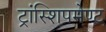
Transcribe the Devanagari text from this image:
ट्रांस्शिपमेण्ट